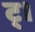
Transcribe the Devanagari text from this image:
ट्।